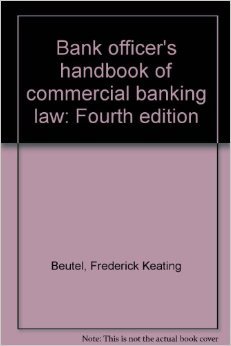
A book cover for Bank officer's handbook of commercial banking law, fourth edition, by Frederick K. Beutel: 1980 cumulative supplement; Gerald T Dunne; Law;